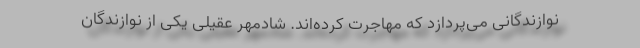
نوازندگانی می‌پردازد که مهاجرت کرده‌اند. شادمهر عقیلی یکی از نوازندگان